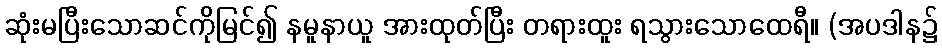
ဆုံးမပြီးသောဆင်ကိုမြင်၍ နမူနာယူ အားထုတ်ပြီး တရားထူး ရသွားသောထေရီ။ (အပဒါန၌